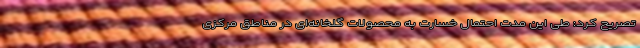
تصریح کرد: طی این مدت احتمال خسارت به محصولات گلخانه‌ای در مناطق مرکزی